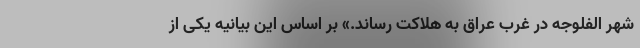
شهر الفلوجه در غرب عراق به هلاکت رساند.» بر اساس این بیانیه یکی از